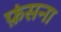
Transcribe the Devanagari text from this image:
फ़ंसना